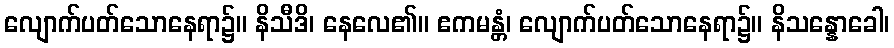
လျောက်ပတ်သောနေရာ၌။ နိသီဒိ၊ နေလေ၏။ ဧကမန္တံ၊ လျောက်ပတ်သောနေရာ၌။ နိသန္နောခေါ၊